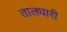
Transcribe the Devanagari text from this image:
तालधारी